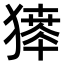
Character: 𤡶